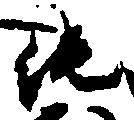
純